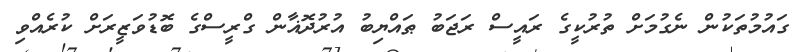
ގައުމުތަކުން ނެގުމަށް ތުރުކީގެ ރައީސް ރަޖަބު ޠައްޔިބު އުރުދޮޣާން ގްރީސްގެ ބޮޑުވަޒީރަށް ކުރެއްވި